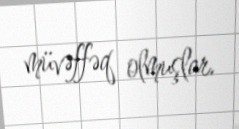
müvəffəq olmuşlar.